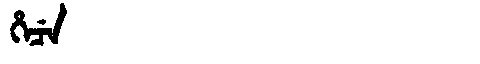
Manchu: ᡥᡝᠴᡝ
Romanization: HECE